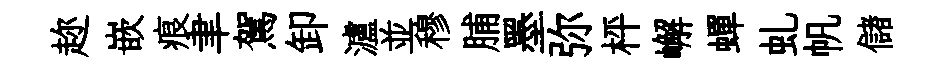
趂嵌痕聿駕卸瀘並穆脯墨弥枰嶰蟬虬帆儲